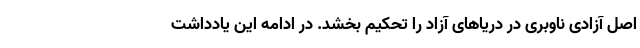
اصل آزادی ناوبری در دریاهای آزاد را تحکیم بخشد. در ادامه این یادداشت